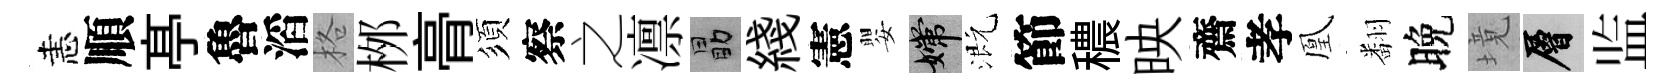
恚順𠅘魯滔格桞𮌔須察之凛勗綫憲嬰嫦溉節穠映齋孝凰翻晚境層监